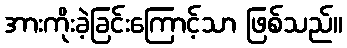
အားကိုးခဲ့ခြင်းကြောင့်သာ ဖြစ်သည်။